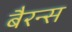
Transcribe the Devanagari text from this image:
बैरन्स